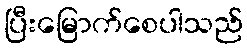
ပြီးမြောက်စေပါသည်